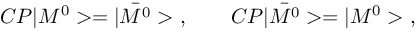
C P | M ^ { 0 } > = | \bar { M ^ { 0 } } > \ , \qquad C P | \bar { M ^ { 0 } } > = | M ^ { 0 } > \ ,